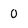
Character: 0